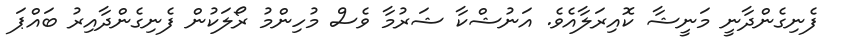
ފެނިގެންދާނީ މަނީޝާ ކޮއިރަލާއެވެ. އަނުޝްކާ ޝަރުމާ ވެސް މުހިންމު ރޯލަކުން ފެނިގެންދާއިރު ބައްޕަ